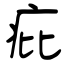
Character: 疪